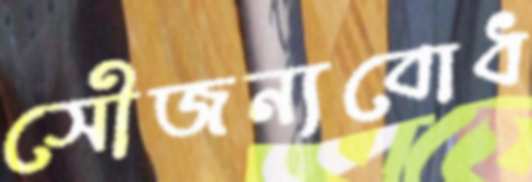
সৌজন্যবোধ